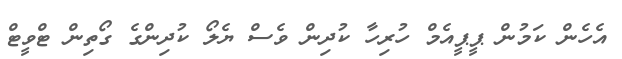
އެހެން ކަމުން ޕީޕީއެމް ހުރިހާ ކުދިން ވެސް ޔެލޯ ކުދިންގެ ގޯތިން ޓްވީޓް